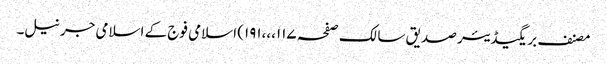
مصنف بریگیڈیئر صدیق سالک صفحہ ۱۱۷،،،۱۹۱) اسلامی فوج کے اسلامی جرنیل۔